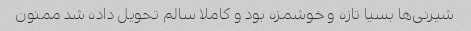
شیرنی‌ها بسیا تازه و خوشمزه بود و کاملا سالم تحویل داده شد ممنون